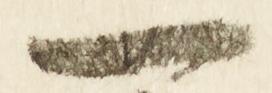
一